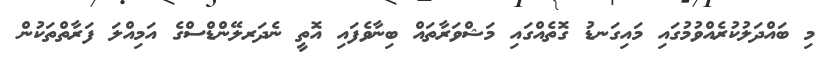
މި ބައްދަލުކުރެއްވުމުގައި މައިގަނޑު ގޮތެއްގައި މަޝްވަރާތައް ބިނާވެފައި އޮތީ ނެދަރލޭންޑްސްގެ އަމިއްލަ ފަރާތްތަކުން